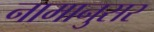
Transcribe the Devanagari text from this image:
नामानुसर